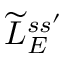
\widetilde L _ { E } ^ { s s ^ { \prime } }